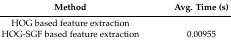
<table><thead><tr><td><b>Method</b></td><td><b>Avg. Time (s)</b></td></tr></thead><tbody><tr><td>HOG based feature extraction</td><td>[EMPTY_CELL]</td></tr><tr><td>HOG-SGF based feature extraction</td><td>0.00955</td></tr></tbody></table>